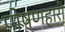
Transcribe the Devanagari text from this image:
पोषणहारी